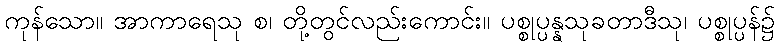
ကုန်သော။ အာကာရေသု စ၊ တို့တွင်လည်းကောင်း။ ပစ္စုပ္ပန္နသုခတာဒီသု၊ ပစ္စုပ္ပန်၌